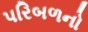
પરિબળનો